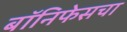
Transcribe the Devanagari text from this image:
बॉनिफेसचा